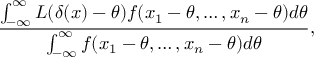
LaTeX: { \frac { \int _ { - \infty } ^ { \infty } L ( \delta ( x ) - \theta ) f ( x _ { 1 } - \theta , \dots , x _ { n } - \theta ) d \theta } { \int _ { - \infty } ^ { \infty } f ( x _ { 1 } - \theta , \dots , x _ { n } - \theta ) d \theta } } ,